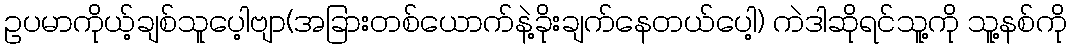
ဥပမာကိုယ့်ချစ်သူပေ့ါဗျာ(အခြားတစ်ယောက်နဲ့ခိုးချက်နေတယ်ပေါ့) ကဲဒါဆိုရင်သူ့ကို သူ့နစ်ကို